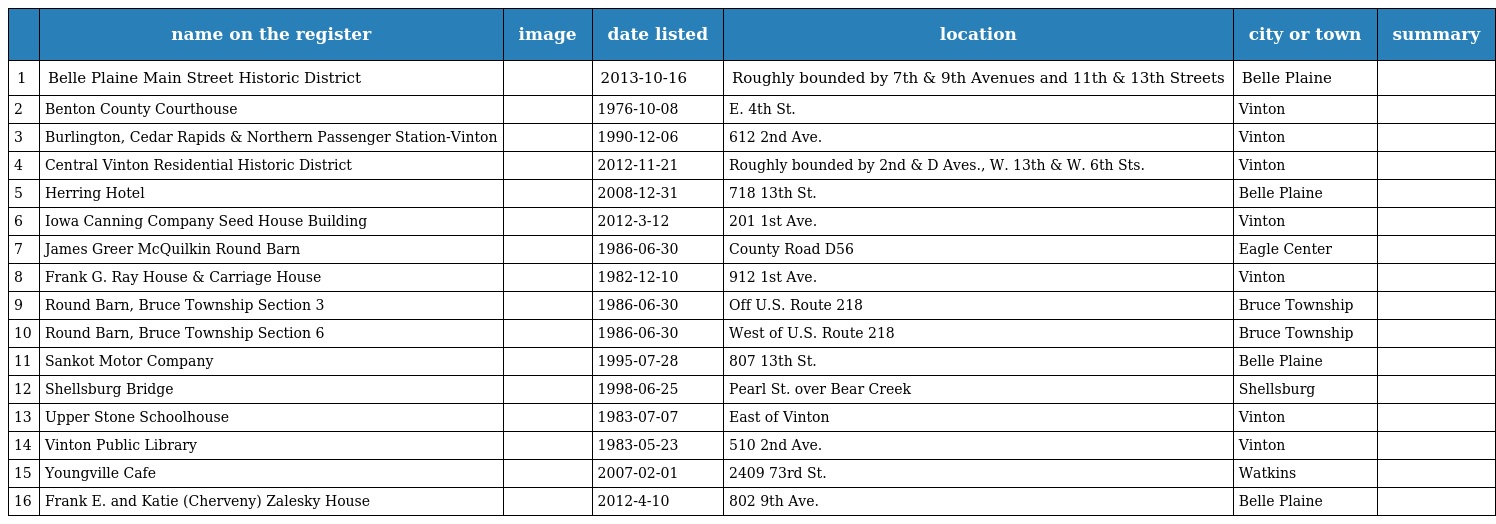
|  | name on the register | image | date listed | location | city or town | summary |
 | --- | --- | --- | --- | --- | --- | --- |
 | 1 | Belle Plaine Main Street Historic District |  | 2013-10-16 | Roughly bounded by 7th & 9th Avenues and 11th & 13th Streets | Belle Plaine |  |
 | 2 | Benton County Courthouse |  | 1976-10-08 | E. 4th St. | Vinton |  |
 | 3 | Burlington, Cedar Rapids & Northern Passenger Station-Vinton |  | 1990-12-06 | 612 2nd Ave. | Vinton |  |
 | 4 | Central Vinton Residential Historic District |  | 2012-11-21 | Roughly bounded by 2nd & D Aves., W. 13th & W. 6th Sts. | Vinton |  |
 | 5 | Herring Hotel |  | 2008-12-31 | 718 13th St. | Belle Plaine |  |
 | 6 | Iowa Canning Company Seed House Building |  | 2012-3-12 | 201 1st Ave. | Vinton |  |
 | 7 | James Greer McQuilkin Round Barn |  | 1986-06-30 | County Road D56 | Eagle Center |  |
 | 8 | Frank G. Ray House & Carriage House |  | 1982-12-10 | 912 1st Ave. | Vinton |  |
 | 9 | Round Barn, Bruce Township Section 3 |  | 1986-06-30 | Off U.S. Route 218 | Bruce Township |  |
 | 10 | Round Barn, Bruce Township Section 6 |  | 1986-06-30 | West of U.S. Route 218 | Bruce Township |  |
 | 11 | Sankot Motor Company |  | 1995-07-28 | 807 13th St. | Belle Plaine |  |
 | 12 | Shellsburg Bridge |  | 1998-06-25 | Pearl St. over Bear Creek | Shellsburg |  |
 | 13 | Upper Stone Schoolhouse |  | 1983-07-07 | East of Vinton | Vinton |  |
 | 14 | Vinton Public Library |  | 1983-05-23 | 510 2nd Ave. | Vinton |  |
 | 15 | Youngville Cafe |  | 2007-02-01 | 2409 73rd St. | Watkins |  |
 | 16 | Frank E. and Katie (Cherveny) Zalesky House |  | 2012-4-10 | 802 9th Ave. | Belle Plaine |  |